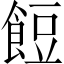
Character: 餖